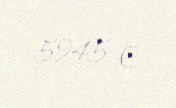
5945 €